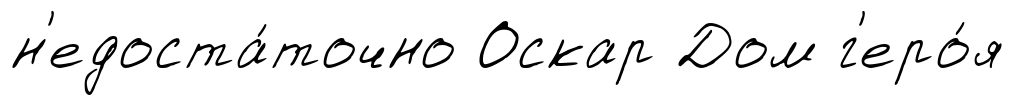
н'едоста́точно Оскар Дом г'еро́я